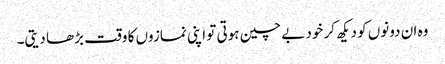
وہ ان دونوں کو دیکھ کر خود بے چین ہوتی تو اپنی نمازوں کا وقت بڑھا دیتی۔